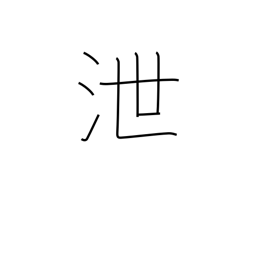
Meaning: leak